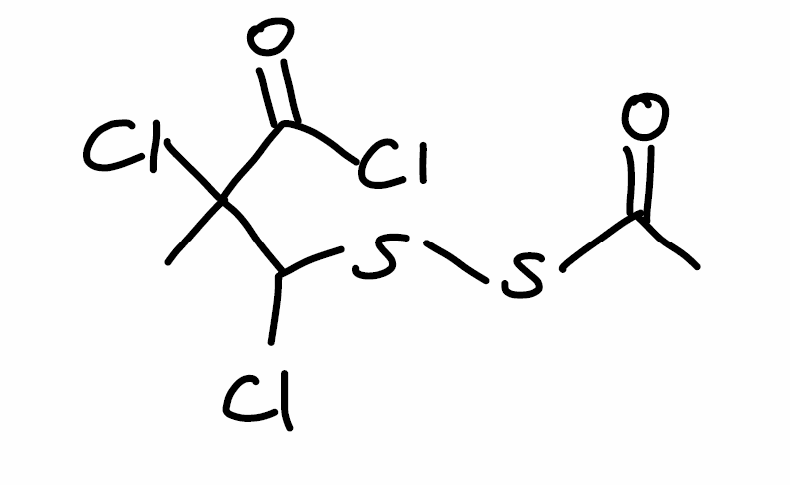
Simplified molecular-input line-entry system (SMILES) notation of the given molecule:
CC(=O)SSC(C(C)(C(=O)Cl)Cl)Cl